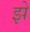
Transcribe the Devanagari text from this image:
झे